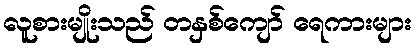
လူစားမျိုးသည် တနှစ်ကျော် ရေကားများ